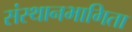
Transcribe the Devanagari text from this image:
संस्थानभागिता